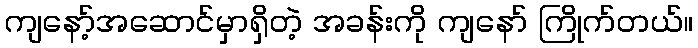
ကျနော့်အဆောင်မှာရှိတဲ့ အခန်းကို ကျနော် ကြိုက်တယ်။